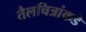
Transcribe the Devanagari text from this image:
तैलचित्रांकडे